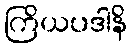
ကြိယပဒါနိ